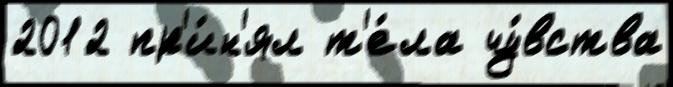
2012 пр'и́н'ял т'е́ла чу́вства